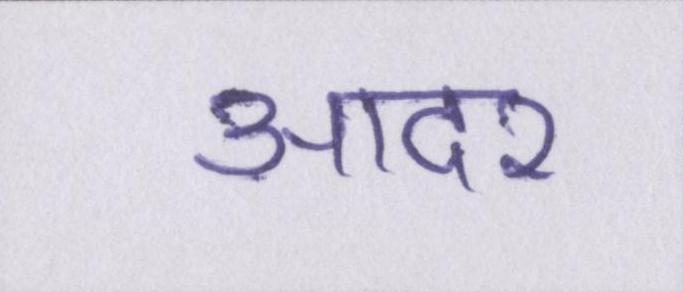
आदर